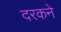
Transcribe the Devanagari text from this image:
दरकने